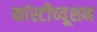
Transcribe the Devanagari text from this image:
कांस्टीच्यूशन